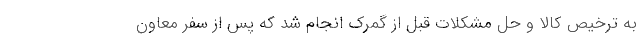
به ترخیص کالا و حل مشکلات قبل از گمرک انجام شد که پس از سفر معاون